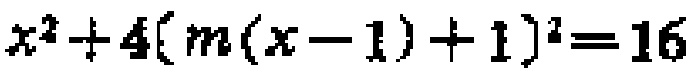
$x^{2}+4(m(x - 1)+1)^{2}=16$